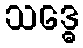
သဒ္ဓေ